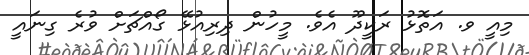
މިއީ ވ. އަތޮޅު ރަކީދޫ އެވެ. މީހުން ދިރިއުޅޭ ގޯއްޗަށް ވުރެ ގިނައީ